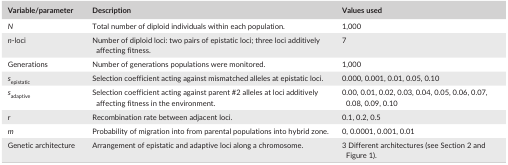
| Variable/parameter | Description | Values used |
 | --- | --- | --- |
 | N | Total number of diploid individuals within each population. | 1,000 |
 | n‐loci | Number of diploid loci: two pairs of epistatic loci; three loci additively affecting fitness. | 7 |
 | Generations | Number of generations populations were monitored. | 1,000 |
 | sepistatic | Selection coefficient acting against mismatched alleles at epistatic loci. | 0.000, 0.001, 0.01, 0.05, 0.10 |
 | sadaptive | Selection coefficient acting against parent #2 alleles at loci additively affecting fitness in the environment. | 0.00, 0.01, 0.02, 0.03, 0.04, 0.05, 0.06, 0.07, 0.08, 0.09, 0.10 |
 | r | Recombination rate between adjacent loci. | 0.1, 0.2, 0.5 |
 | m | Probability of migration into from parental populations into hybrid zone. | 0, 0.0001, 0.001, 0.01 |
 | Genetic architecture | Arrangement of epistatic and adaptive loci along a chromosome. | 3 Different architectures (see Section 2 and Figure 1). |